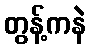
တွန့်ကနဲ